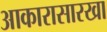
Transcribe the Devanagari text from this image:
आकारासारखा